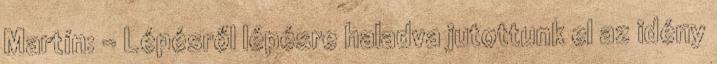
Martín: – Lépésről lépésre haladva jutottunk el az idény